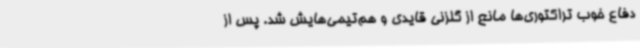
دفاع خوب تراکتوری‌ها مانع از گلزنی قایدی و هم‌تیمی‌هایش شد. پس از